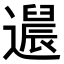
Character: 𬩚